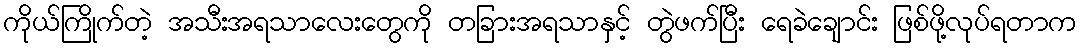
ကိုယ်ကြိုက်တဲ့ အသီးအရသာလေးတွေကို တခြားအရသာနှင့် တွဲဖက်ပြီး ရေခဲချောင်း ဖြစ်ဖို့လုပ်ရတာက